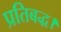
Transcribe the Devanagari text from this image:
प्रतिबद्ध।